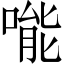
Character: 𠹌